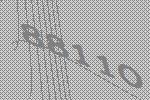
88110